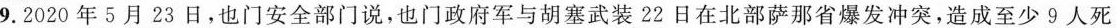
9.2020年5月23日，也门安全部门说，也门政府军与胡塞武装22日在北部萨那省爆发冲突，造成至少9人死